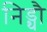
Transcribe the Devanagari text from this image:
निड्थौ